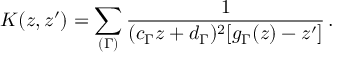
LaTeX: K ( z , z ^ { \prime } ) = \sum _ { ( \Gamma ) } \frac { 1 } { ( c _ { \Gamma } z + d _ { \Gamma } ) ^ { 2 } [ g _ { \Gamma } ( z ) - z ^ { \prime } ] } \, .